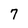
Character: 7